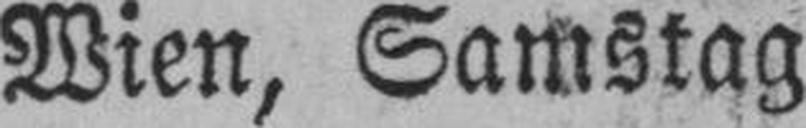
Wien, Samstag